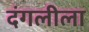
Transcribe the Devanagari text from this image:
दंगलीला